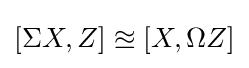
[\Sigma X,Z]\approxeq [X,\Omega Z]